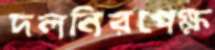
দলনিরপেক্ষ